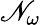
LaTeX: \mathscr{N}_{\omega}